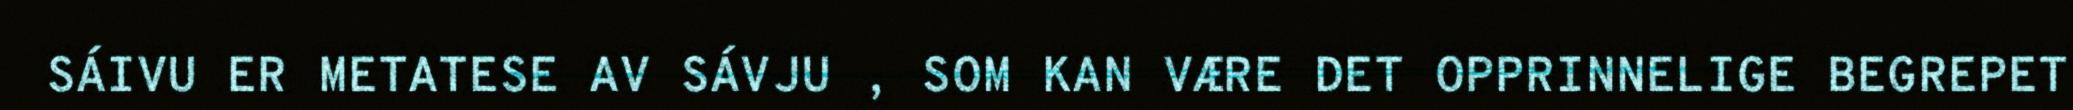
SÁIVU ER METATESE AV SÁVJU , SOM KAN VÆRE DET OPPRINNELIGE BEGREPET